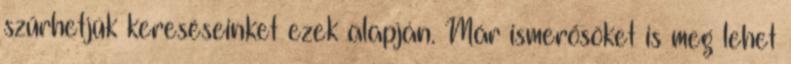
szűrhetjük kereséseinket ezek alapján. Már ismerősöket is meg lehet